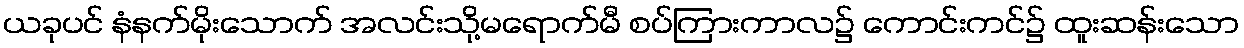
ယခုပင် နံနက်မိုးသောက် အလင်းသို့မရောက်မီ စပ်ကြားကာလ၌ ကောင်းကင်၌ ထူးဆန်းသော